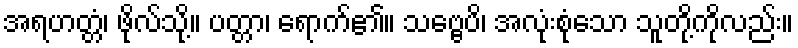
အရဟတ္တံ၊ ဖိုလ်သို့။ ပတ္တာ၊ ရောက်၏။ သဗ္ဗေပိ၊ အလုံးစုံသော သူတို့ကိုလည်း။